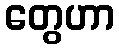
တွေဟာ